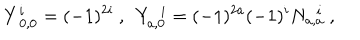
Y _ { ~ 0 , 0 } ^ { i } = ( - 1 ) ^ { 2 i } ~ , ~ ~ Y _ { a , 0 } ^ { ~ ~ i } = ( - 1 ) ^ { 2 a } ( - 1 ) ^ { i } N _ { a , a } ^ { ~ ~ i } ~ ,